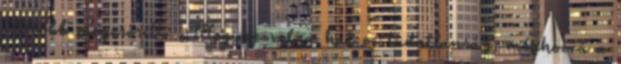
Később megerősíti: „Hogyne volna hát ez tudatlanság, méghozzá a